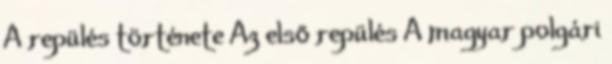
A repülés története Az első repülés A magyar polgári